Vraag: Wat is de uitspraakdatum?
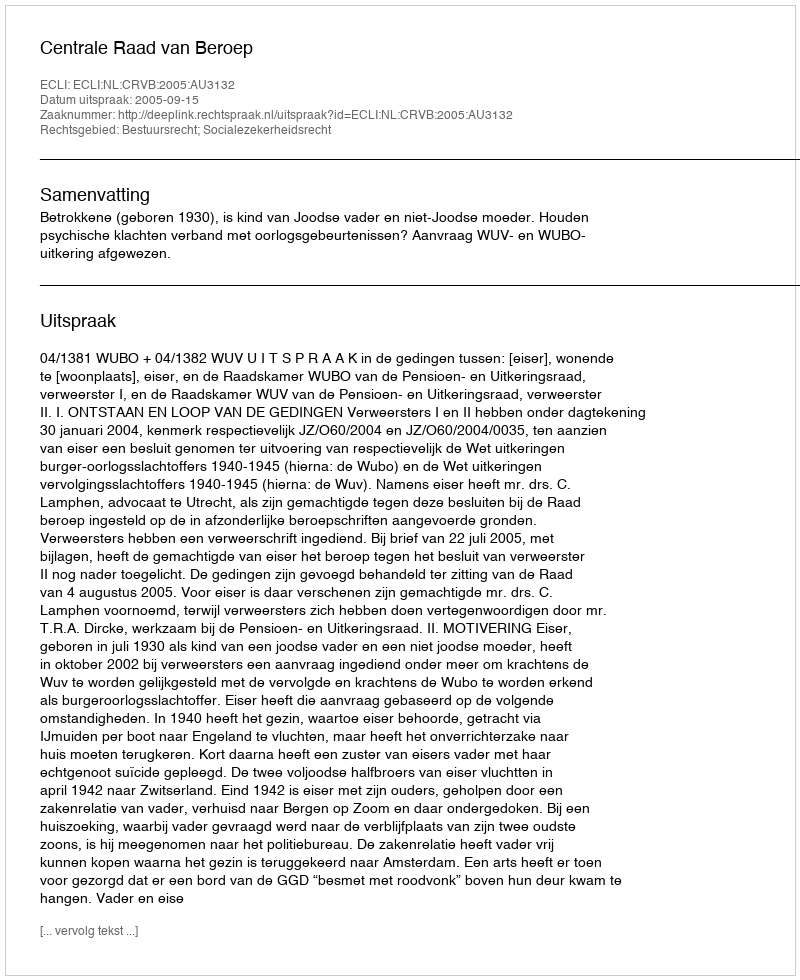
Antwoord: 2005-09-15